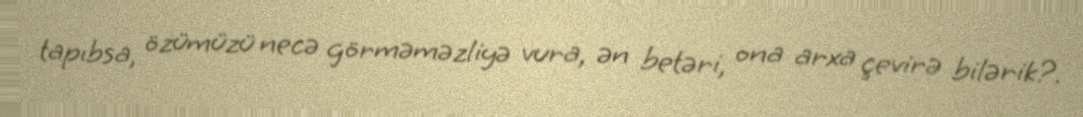
tapıbsa, özümüzü necə görməməzliyə vura, ən betəri, ona arxa çevirə bilərik?.